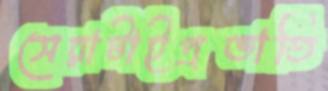
সেরাটাইপ্রভাতি